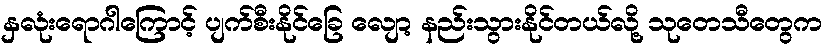
နှလုံးရောဂါကြောင့် ပျက်စီးနိုင်ခြေ လျော့ နည်းသွားနိုင်တယ်လို့ သုတေသီတွေက